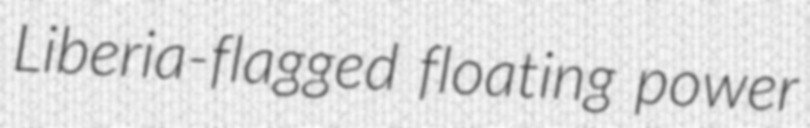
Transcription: Liberia-flagged floating power